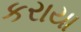
કરાયા